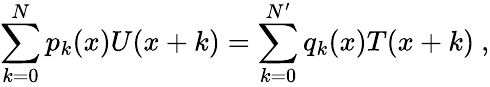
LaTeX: \sum_{k=0}^{N}p_{k}(x)U(x+k)=\sum_{k=0}^{N^{\prime}}q_{k}(x)T(x+k)\ ,